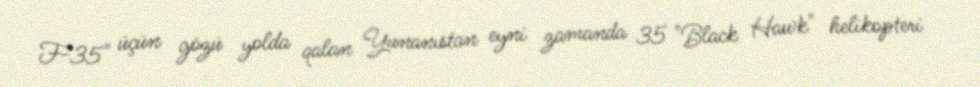
F-35" üçün gözü yolda qalan Yunanıstan eyni zamanda 35 "Black Hawk" helikopteri